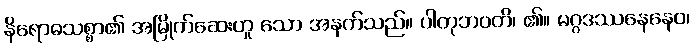
နိရောဓသစ္စာ၏ အမြိုက်ဆေးဟူ သော အနက်သည်။ ပါတုဘဝတိ၊ ၏။ မဂ္ဂဒဿနေနေဝ၊